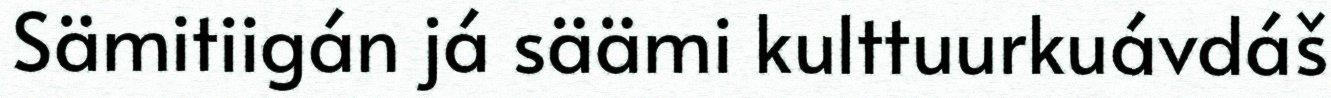
Sämitiigán já säämi kulttuurkuávdáš